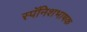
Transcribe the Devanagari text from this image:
स्पॅनिशभाषक